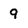
Character: 9